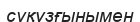
суқұзғынымен